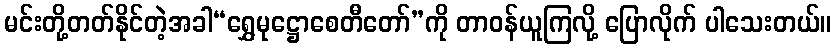
မင်းတို့တတ်နိုင်တဲ့အခါ“ရွှေမုဋ္ဌောစေတီတော်”ကို တာဝန်ယူကြလို့ ပြောလိုက် ပါသေးတယ်။